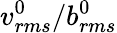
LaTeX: v_{rms}^{0}/b_{rms}^{0}